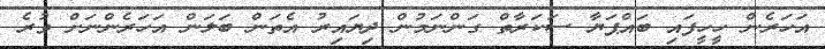
އަހަރެން ހީހީފައި ބައްޕަޔާ ސަކަރާތް ގަންނަމުން ދިޔައިރު އެތަން ބަލަން އަހަރެންނަށް ވުރެ